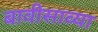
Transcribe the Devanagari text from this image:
बावीसाव्या